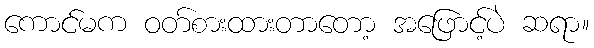
ကောင်မက ဝတ်စားထားတာတော့ အဖြောင့်ပဲ ဆရာ။